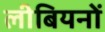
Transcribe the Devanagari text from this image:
लीबियनों